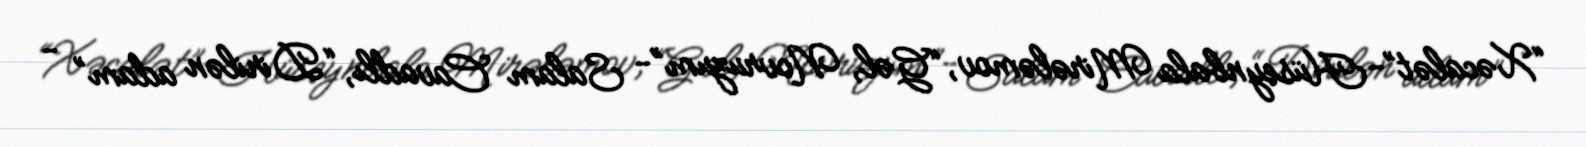
“Xəcalət”-Hüseynbala Mirələmov, “Gəl, Novruzum”- Salam Cavadlı, “Dirilən adam” -